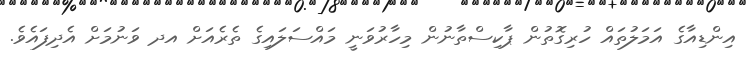
އިންޑިއާގެ އަމަލުތައް ހުރިގޮތުން ޕާކިސްތާނުން މިހާރުވަނީ މައްސަލައިގެ ތެރެއަށް އދ ވަނުމަށް އެދިފައެވެ.